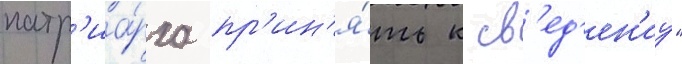
патр'иа́рха пр'ин'я́ть к св'ед'ен'иу"